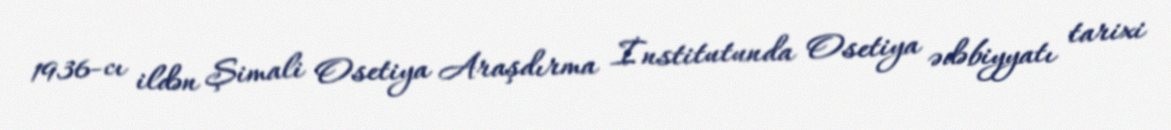
1936-cı ildən Şimali Osetiya Araşdırma İnstitutunda Osetiya ədəbiyyatı tarixi